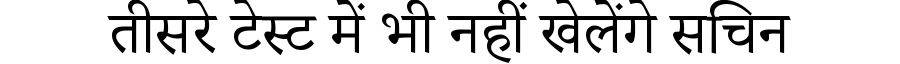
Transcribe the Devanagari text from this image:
तीसरे टेस्ट में भी नहीं खेलेंगे सचिन